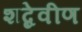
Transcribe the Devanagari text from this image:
शब्देवीण